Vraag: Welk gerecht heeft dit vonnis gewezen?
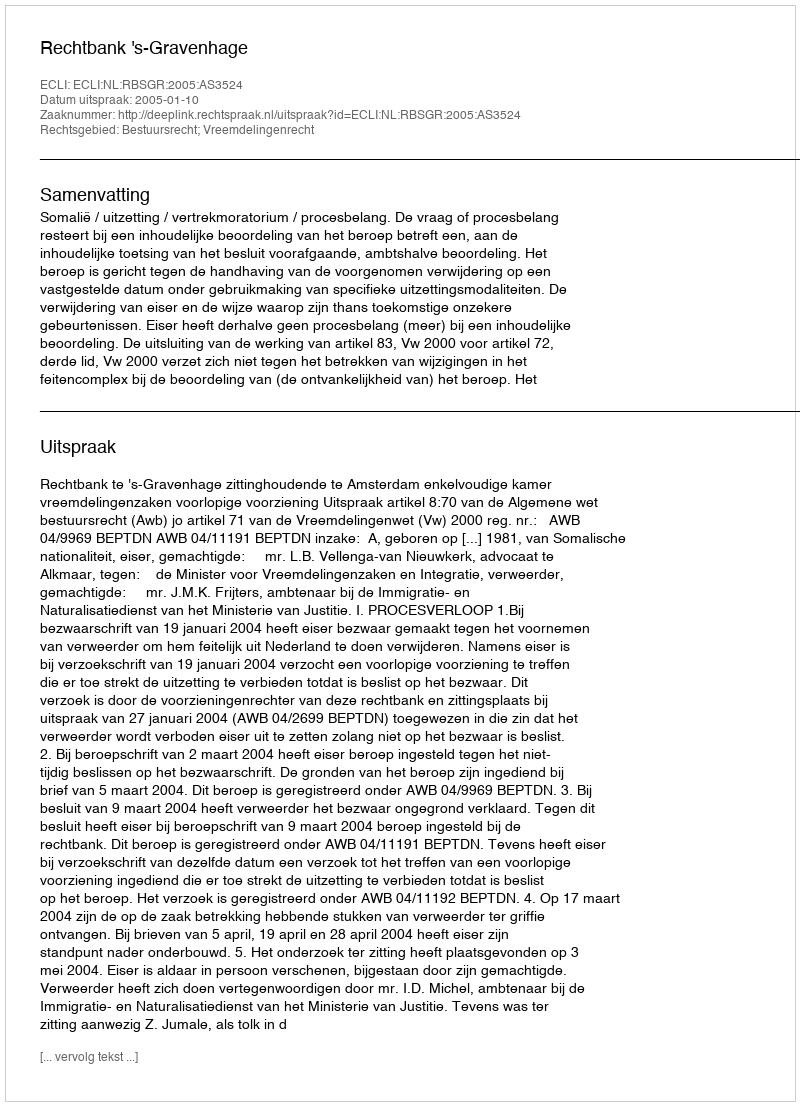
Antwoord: Rechtbank 's-Gravenhage